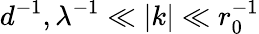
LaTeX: d^{-1},\lambda^{-1}\ll|k|\ll r_{0}^{-1}